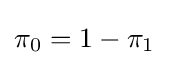
\pi _{0}=1-\pi _{1}